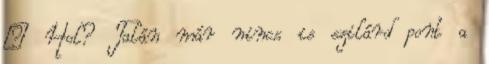
– Hol? Talán már nincs is szilárd pont a